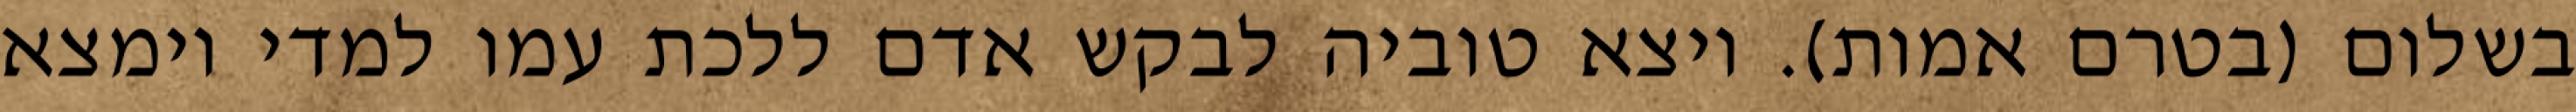
בשלום (בטרם אמות). ויצא טוביה לבקש אדם ללכת עמו למדי וימצא